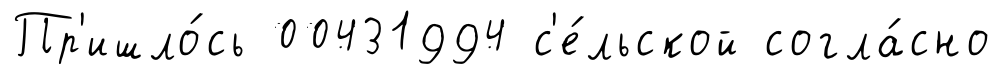
Пр'ишло́сь 00431994 с'е́льской согла́сно